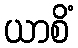
ယာစိံ